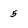
Character: 5